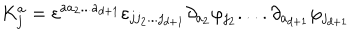
K _ { j } ^ { a } = \varepsilon ^ { a a _ { 2 } . . . a _ { d + 1 } } \varepsilon _ { j j _ { 2 } . . . j _ { d + 1 } } \partial _ { a _ { 2 } } \varphi _ { j _ { 2 } } . . . . \partial _ { a _ { d + 1 } } \varphi _ { j _ { d + 1 } }